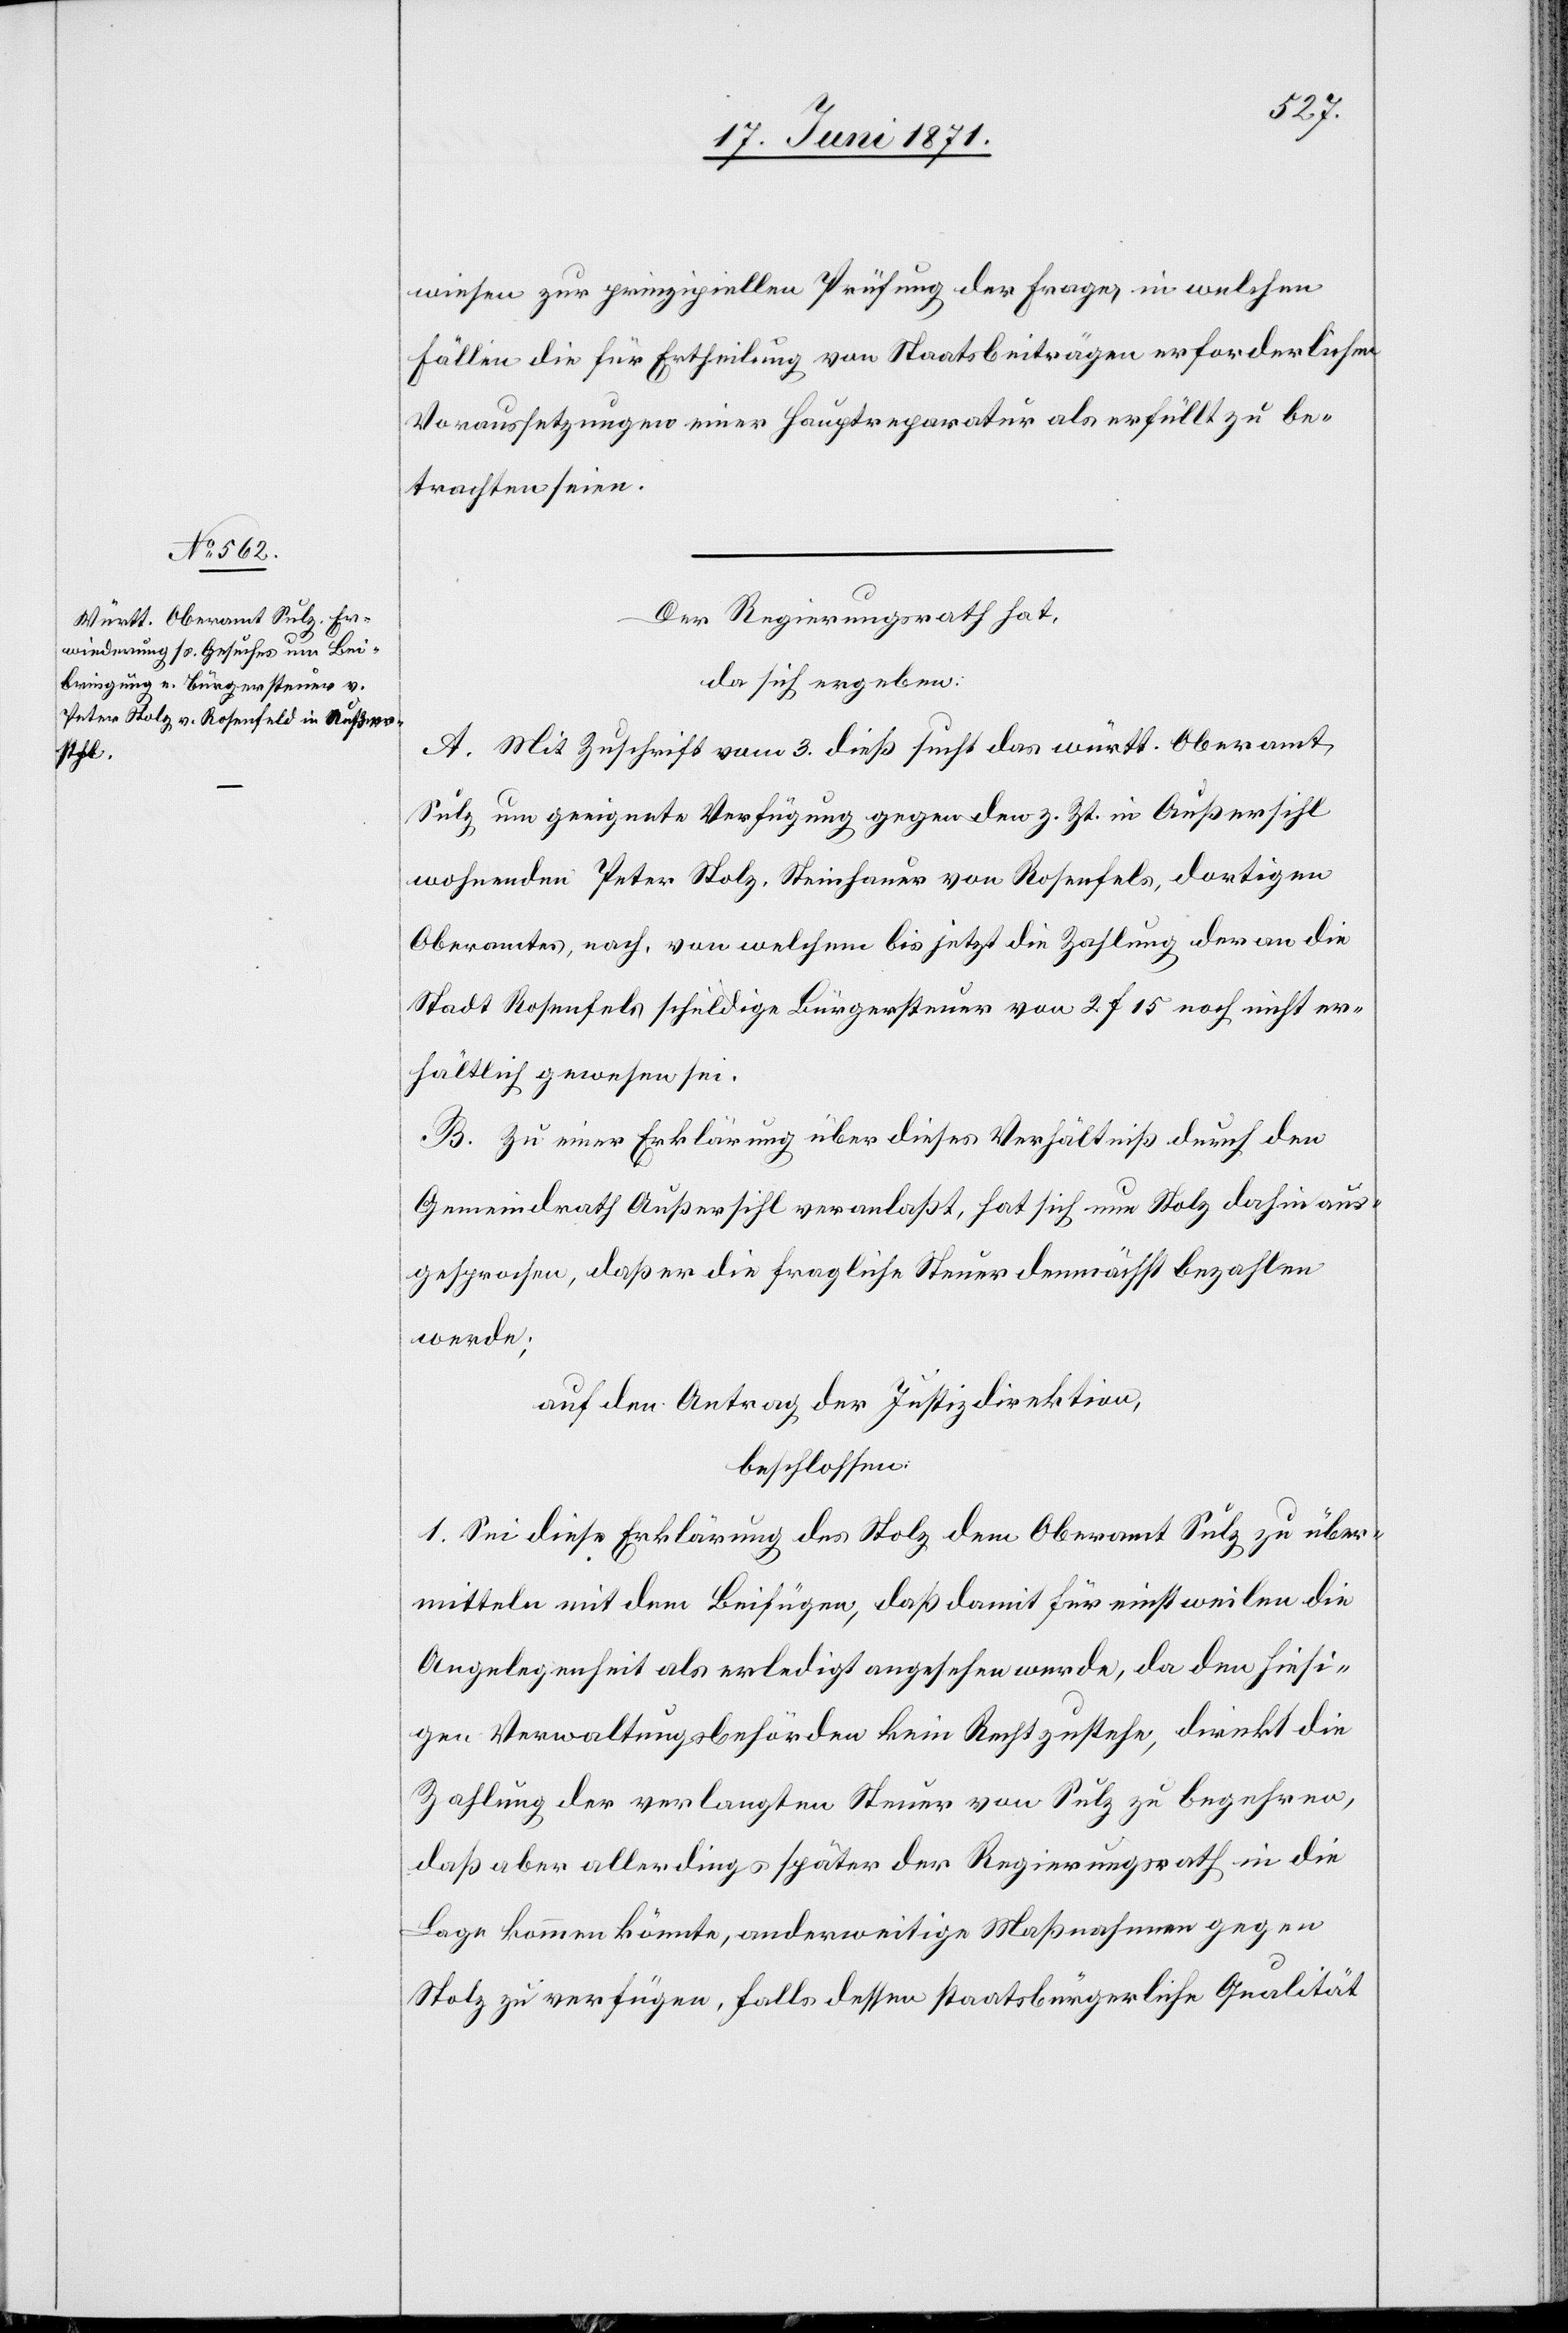
wiesen zur prinzipiellen Prüfung der Frage, in welchen
Fällen die für Ertheilung von Staatsbeiträgen erforderlichen
Voraussetzungen einer Hauptreparatur als erfüllt zu be¬
trachten seien.
Der Regierungsrath hat,
da sich ergeben:
A. Mit Zuschrift vom 3. dieß sucht das württ. Oberamt,
Sulz um geeignete Verfügung gegen den z. Zt. in Außersihl
wohnenden Peter Nolz, Steinhauer von Rosenfels [sic!], dortigen
Oberamtes, nach, von welchem bis jetzt die Zahlung der an die
Stadt Rosenfels schuldige Bürgersteuer von 2 f 15 noch nicht er¬
hältlich gewesen sei.
B. Zu einer Erklärung über dieses Verhältniß durch den
Gemeindrath Außersihl veranlaßt, hat sich nun Nolz dahin aus¬
gesprochen, daß er die fragliche Steuer demnächst bezahlen
werde;
auf den Antrag der Justizdirektion,
beschlossen:
1. Sei diese Erklärung des Nolz dem Oberamt Sulz zu über¬
mitteln mit dem Beifügen, daß damit für einstweilen die
Angelegenheit als erledigt angesehen werde, da den hiesi¬
gen Verwaltungsbehörden kein Recht zustehe, direkt die
Zahlung der verlangten Steuer von Sulz zu begehren,
daß aber allerdings später der Regierungsrath in die
Lage kommen könnte, anderweitige Maßnahmen gegen
Nolz zu verfügen, falls dessen staatsbürgerliche Qualität